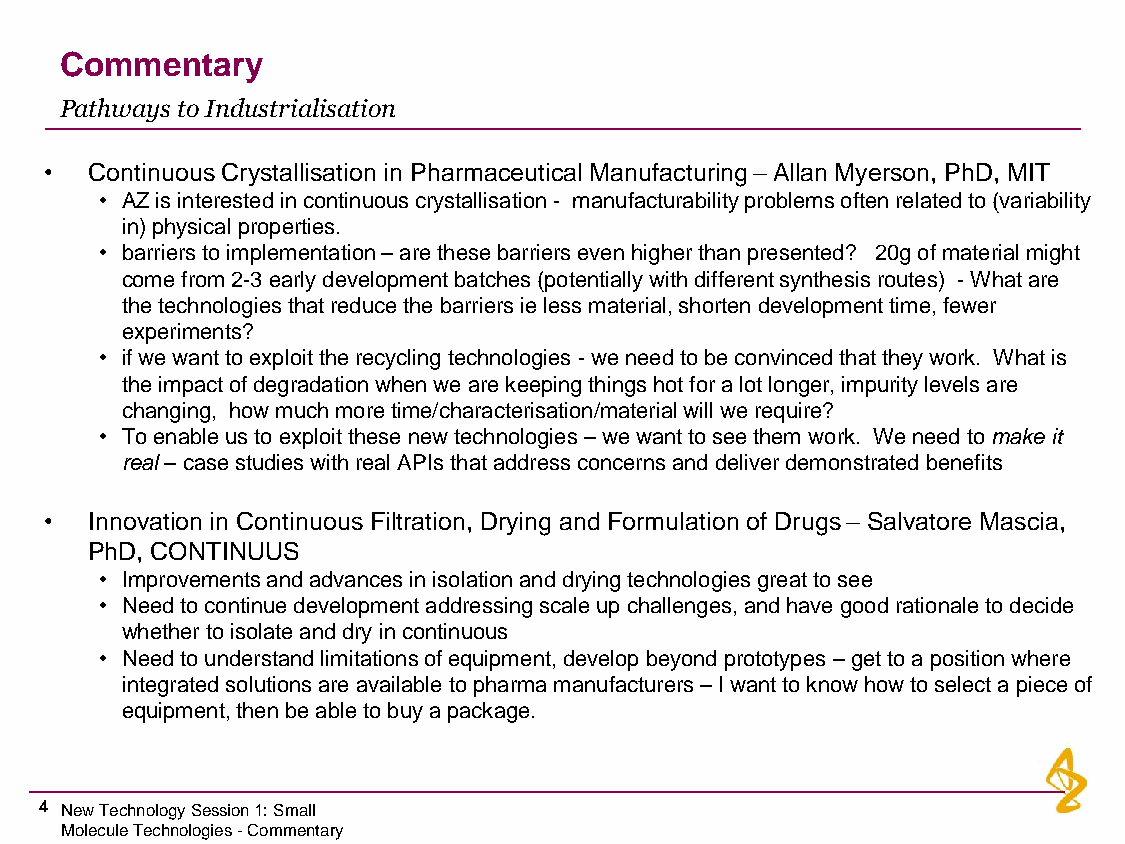
Commentary
 Pathways to Industrialisation
 •  Continuous Crystallisation in Pharmaceutical Manufacturing –Allan Myerson, PhD, MIT
 • AZ is interested in continuous crystallisation - manufacturability problems often related to (variability
 in) physical properties.
 • barriers to implementation –are these barriers even higher than presented? 20g of material might
 come from 2-3 early development batches (potentially with different synthesis routes) -What are
 the technologies that reduce the barriers ieless material, shorten development time, fewer
 experiments?
 • if we want to exploit the recycling technologies -we need to be convinced that they work. What is
 the impact of degradation when we are keeping things hot for a lot longer, impurity levels are
 changing, how much more time/characterisation/material will we require?
 • To enable us to exploit these new technologies –we want to see them work. We need to make it
 real–case studies with real APIs that address concerns and deliver demonstrated benefits
 •  Innovation in Continuous Filtration, Drying and Formulation of Drugs – Salvatore Mascia,
 PhD, CONTINUUS
 • Improvements and advances in isolation and drying technologies great to see
 • Need to continue development addressing scale up challenges, and have good rationale to decide
 whether to isolate and dry in continuous
 • Need to understand limitations of equipment, develop beyond prototypes –get to a position where
 integrated solutions are available to pharmamanufacturers –I want to know how to select a piece of
 equipment, then be able to buy a package.
 4 New Technology Session 1: Small
 Molecule Technologies -Commentary